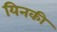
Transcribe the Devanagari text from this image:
यिनकी